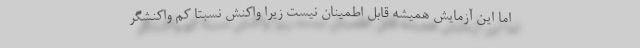
اما این آزمایش همیشه قابل اطمینان نیست زیرا واکنش نسبتا کم واکنشگر